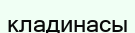
кладинасы